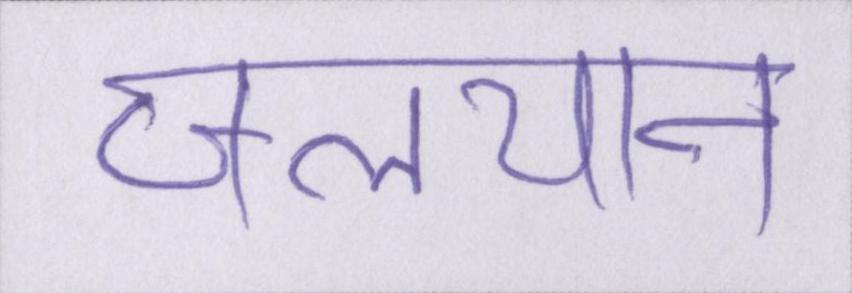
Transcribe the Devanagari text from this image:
जलयान